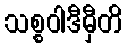
သစ္စဝါဒီမှီတိ